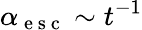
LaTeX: \alpha_{\mathrm{~e~s~c~}}\sim t^{-1}